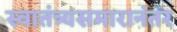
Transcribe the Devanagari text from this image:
स्वातंत्र्यसमारानंतर